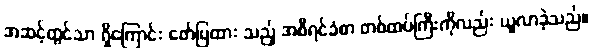
အဆင့်တွင်သာ ရှိကြောင်း ဖော်ပြထား သည့် အစီရင်ခံစာ တစ်ထပ်ကြီးကိုလည်း ယူလာခဲ့သည်။